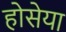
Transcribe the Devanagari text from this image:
होसेया